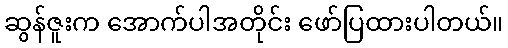
ဆွန်ဇူးက အောက်ပါအတိုင်း ဖော်ပြထားပါတယ်။